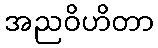
အညဝိဟိတာ